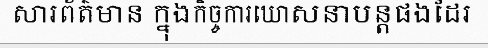
សារព័ត៌មាន ក្នុងកិច្ចការឃោសនាបន្តផងដែរ